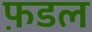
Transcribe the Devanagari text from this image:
फ़डल